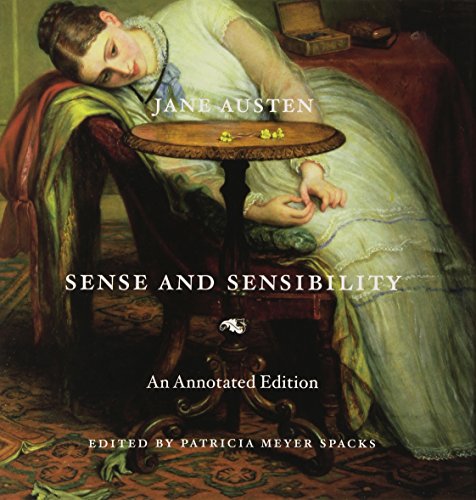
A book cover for Sense and Sensibility: An Annotated Edition; Jane Austen; Literature & Fiction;